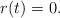
LaTeX: \begin{align*}r(t)=0.\end{align*}